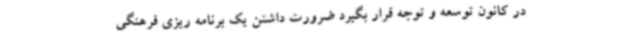
در کانون توسعه و توجه قرار بگیرد ضرورت داشتن یک برنامه ریزی فرهنگی